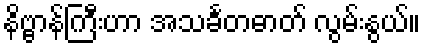
နိဗ္ဗာန်ကြီးဟာ အသင်္ခတဓာတ် လွမ်းနွယ်။